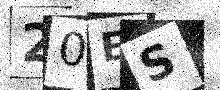
Text: 20ES